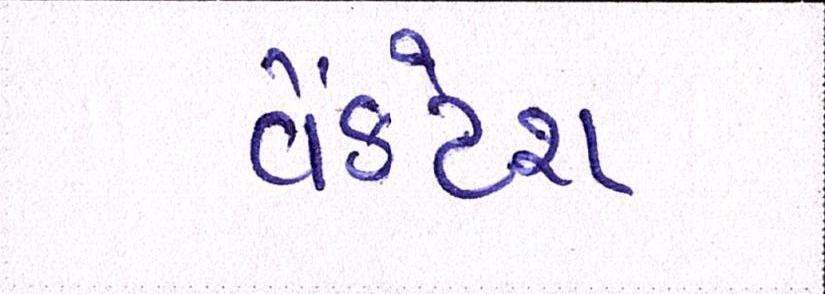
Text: વેંકટેશ